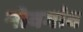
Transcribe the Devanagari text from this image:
नोवगांव